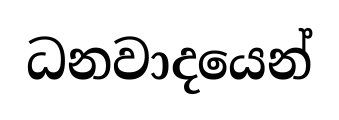
ධනවාදයෙන්